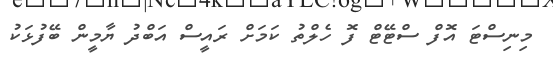
މިނިސްޓަ އޮފް ސްޓޭޓް ފޮ ހެލްތު ކަމަށް ރައީސް އަބްދު ޔާމީން ބޭފުޅަކު